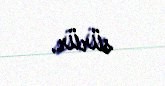
sürür.